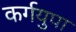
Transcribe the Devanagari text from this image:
कर्गयुपा